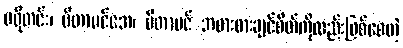
ပရိုတင်း၊ ဗီတာမင်အေ၊ ဗီတာမင် အစားစားချင်စိတ်ကိုလည်းဖြစ်စေတဲ့